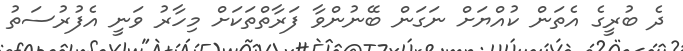
ދެ ބުރީގެ އެތަން ކުއްޔަށް ނަގަން ބޭނުންވާ ފަރާތްތަކަށް މިހާރު ވަނީ އެފުރުސަތު